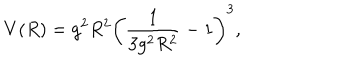
V ( R ) = g ^ { 2 } R ^ { 2 } \left( \frac { 1 } { 3 g ^ { 2 } R ^ { 2 } } - 1 \right) ^ { 3 } ,